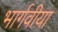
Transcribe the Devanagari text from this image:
भार्गवीया